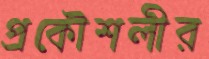
প্রকৌশলীর